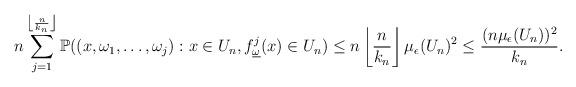
LaTeX: \begin{align*}n\sum_{j=1}^{\left\lfloor\frac{n}{k_n}\right\rfloor}\mathbb{P}((x,\omega_1,\dots,\omega_j): x\in U_n, f_{\underline{\omega}}^j(x)\in U_n)\leq n\left\lfloor\frac{n}{k_n}\right\rfloor\mu_\epsilon(U_n)^2\leq \frac{(n\mu_\epsilon(U_n))^2}{k_n}.\end{align*}